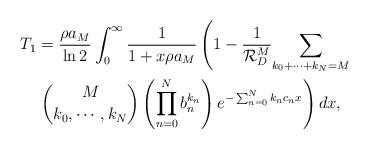
LaTeX: \begin{align*}T_1&=\frac{\rho a_M}{\ln 2}\int^{\infty}_{0}\frac{1}{1+x\rho a_M}\left(1- \frac{1}{\mathcal{R}_D^M}\underset{k_0+\cdots+k_N=M}{\sum}\right. \\ & \left.{M \choose k_0, \cdots,k_N}\left(\prod^{N}_{n=0} b_n^{k_n}\right)e^{-\sum_{n=0}^{N}k_nc_nx}\right) dx,\end{align*}